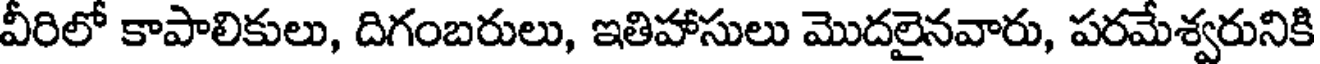
వీరిలో కాపాలికులు, దిగంబరులు, ఇతిహాసులు మొదలైనవారు, పరమేశ్వరునికి